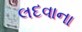
લદવાના